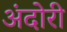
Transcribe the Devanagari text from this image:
अंदोरी